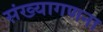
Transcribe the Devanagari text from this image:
संख्यागणना